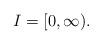
LaTeX: \begin{align*}I=[0,\infty).\end{align*}